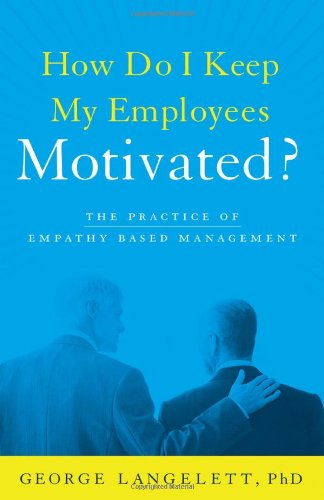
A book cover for How Do I Keep My Employees Motivated?; Phd George Langelett; Business & Money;